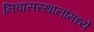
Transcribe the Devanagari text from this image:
निवासस्थानांमध्ये